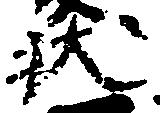
状